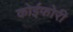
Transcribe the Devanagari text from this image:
कोईफोरी